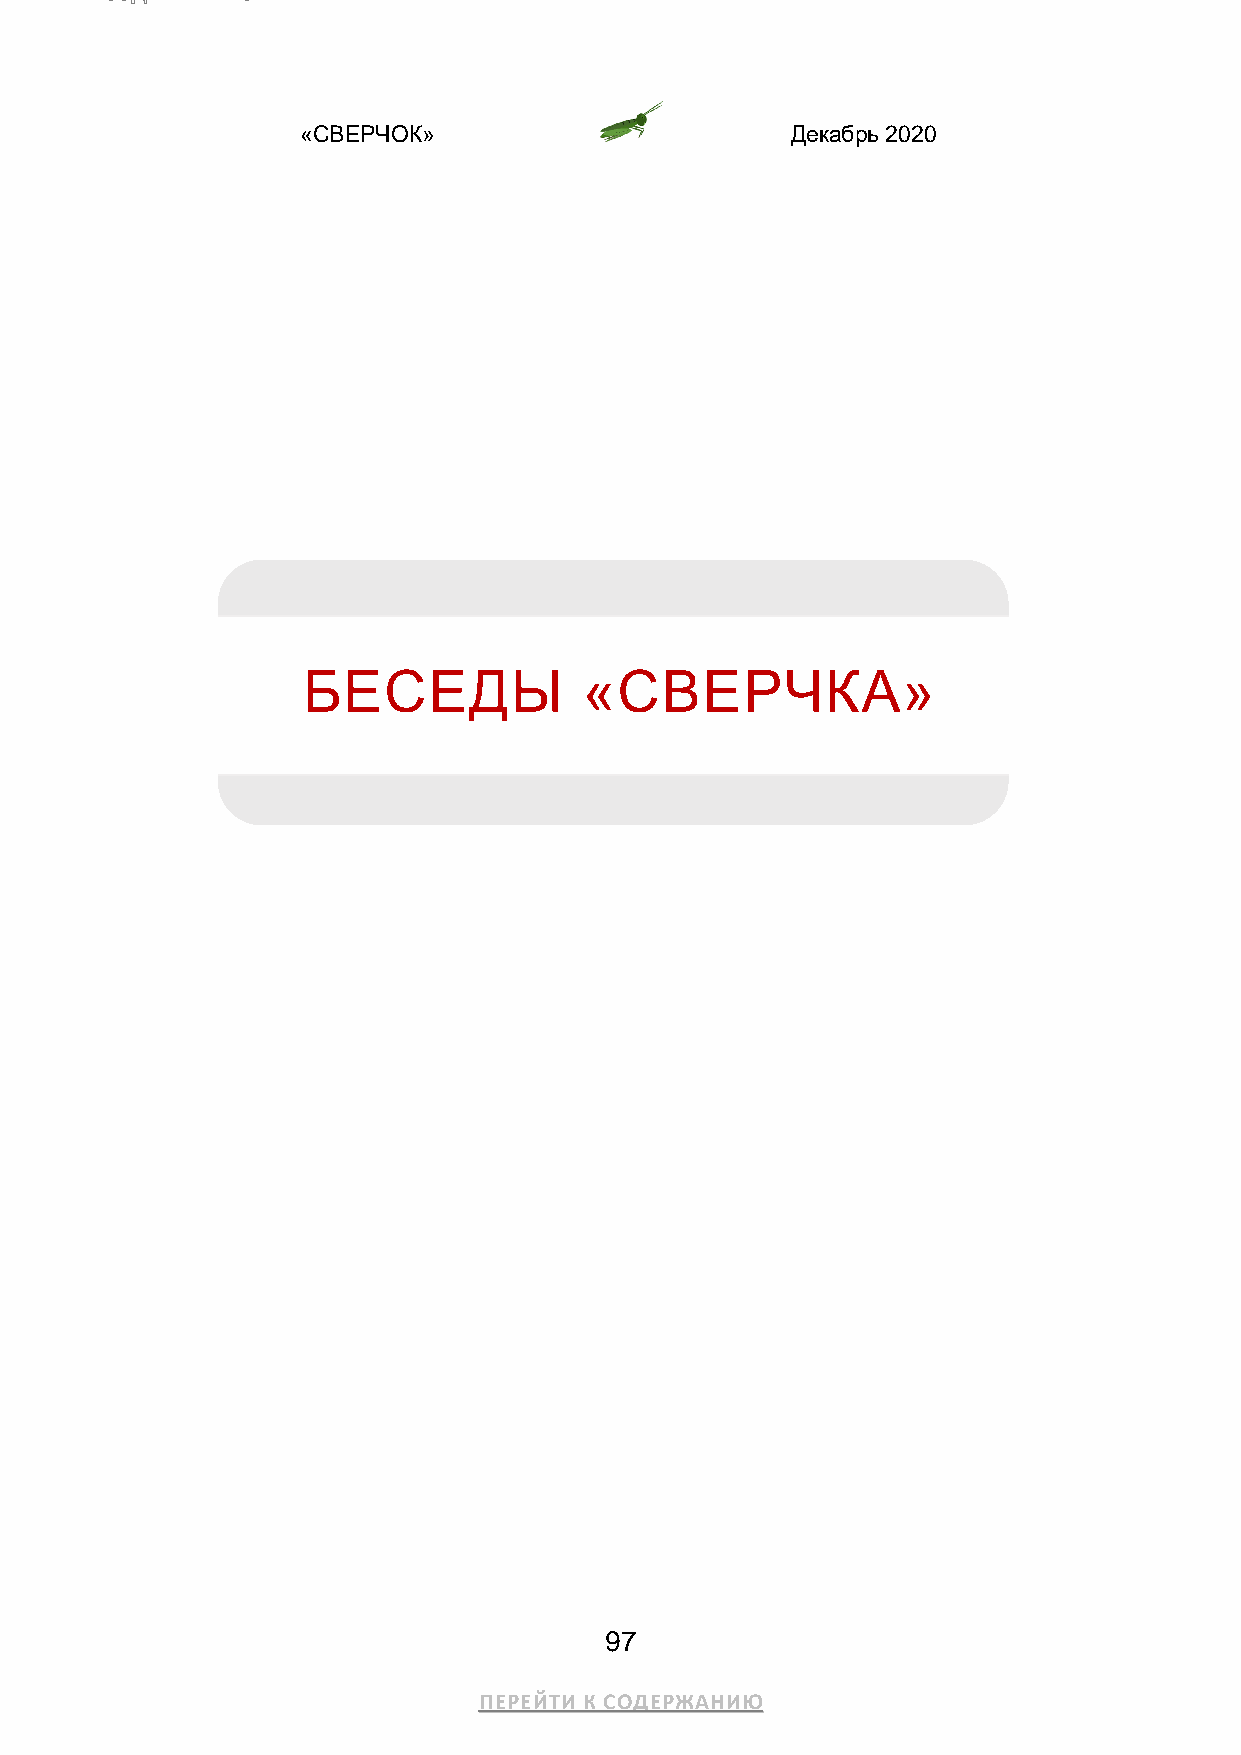
«СВЕРЧОК»                       Декабрь 2020
 БЕСЕДЫ             «СВЕРЧКА»
 97
 ПЕРЕЙТИ К СОДЕРЖАНИЮ